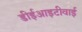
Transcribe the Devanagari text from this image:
डीईआइटीवाई